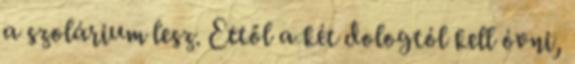
a szolárium lesz. Ettől a két dologtól kell óvni,